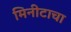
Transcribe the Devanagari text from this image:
मिनीटाचा